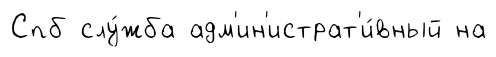
Спб слу́жба адм'ин'истрат'и́вный на